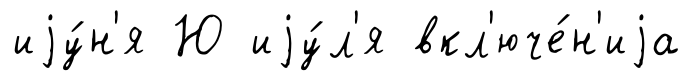
иjу́н'я Ю иjу́л'я вкл'юче́н'иjа